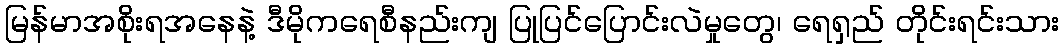
မြန်မာအစိုးရအနေနဲ့ ဒီမိုကရေစီနည်းကျ ပြုပြင်ပြောင်းလဲမှုတွေ၊ ရေရှည် တိုင်းရင်းသား